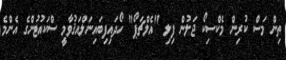
ތިން މަސް ކުރިން މެކްސިކޯ ޖަލުން ފިލި "އެލްޗަޕޯ" ހޯދައިފިބައިނަލްއަޤުވާމީ ސްކައުޓުންގެ އެންމެ